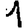
Digit: 1